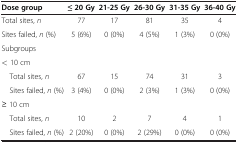
| Dose group | ≤ 20 Gy | 21-25 Gy | 26-30 Gy | 31-35 Gy | 36-40 Gy |
 | --- | --- | --- | --- | --- | --- |
 | Total sites, n | 77 | 17 | 81 | 35 | 4 |
 | Sites failed, n (%) | 5 (6%) | 0 (0%) | 4 (5%) | 1 (3%) | 0 (0%) |
 | <COLSPAN=6> Subgroups |
 | < 10 cm |  |  |  |  |  |
 | Total sites, n | 67 | 15 | 74 | 31 | 3 |
 | Sites failed, n (%) | 3 (4%) | 0 (0%) | 2 (3%) | 1 (3%) | 0 (0%) |
 | ≥ 10 cm |  |  |  |  |  |
 | Total sites, n | 10 | 2 | 7 | 4 | 1 |
 | Sites failed, n (%) | 2 (20%) | 0 (0%) | 2 (29%) | 0 (0%) | 0 (0%) |